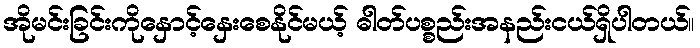
အိုမင်းခြင်းကိုနှောင့်နှေးစေနိုင်မယ့် ဓါတ်ပစ္စည်းအနည်းငယ်ရှိပါတယ်။